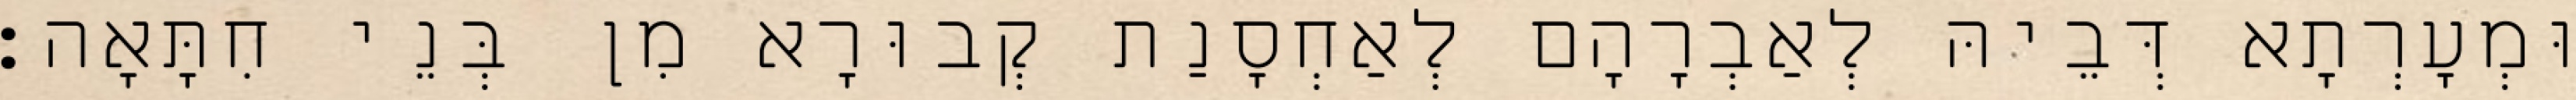
וּמְעָרְתָא דְּבֵיהּ לְאַבְרָהָם לְאַחְסָנַת קְבוּרָא מִן בְּנֵי חִתָּאָה׃